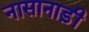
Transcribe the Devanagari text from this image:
नासानाड़ी